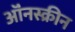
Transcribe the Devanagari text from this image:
ऑंनस्क्रीन